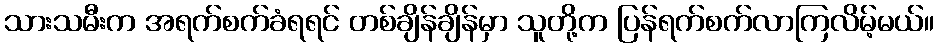
သားသမီးက အရက်စက်ခံရရင် တစ်ချိန်ချိန်မှာ သူတို့က ပြန်ရက်စက်လာကြလိမ့်မယ်။